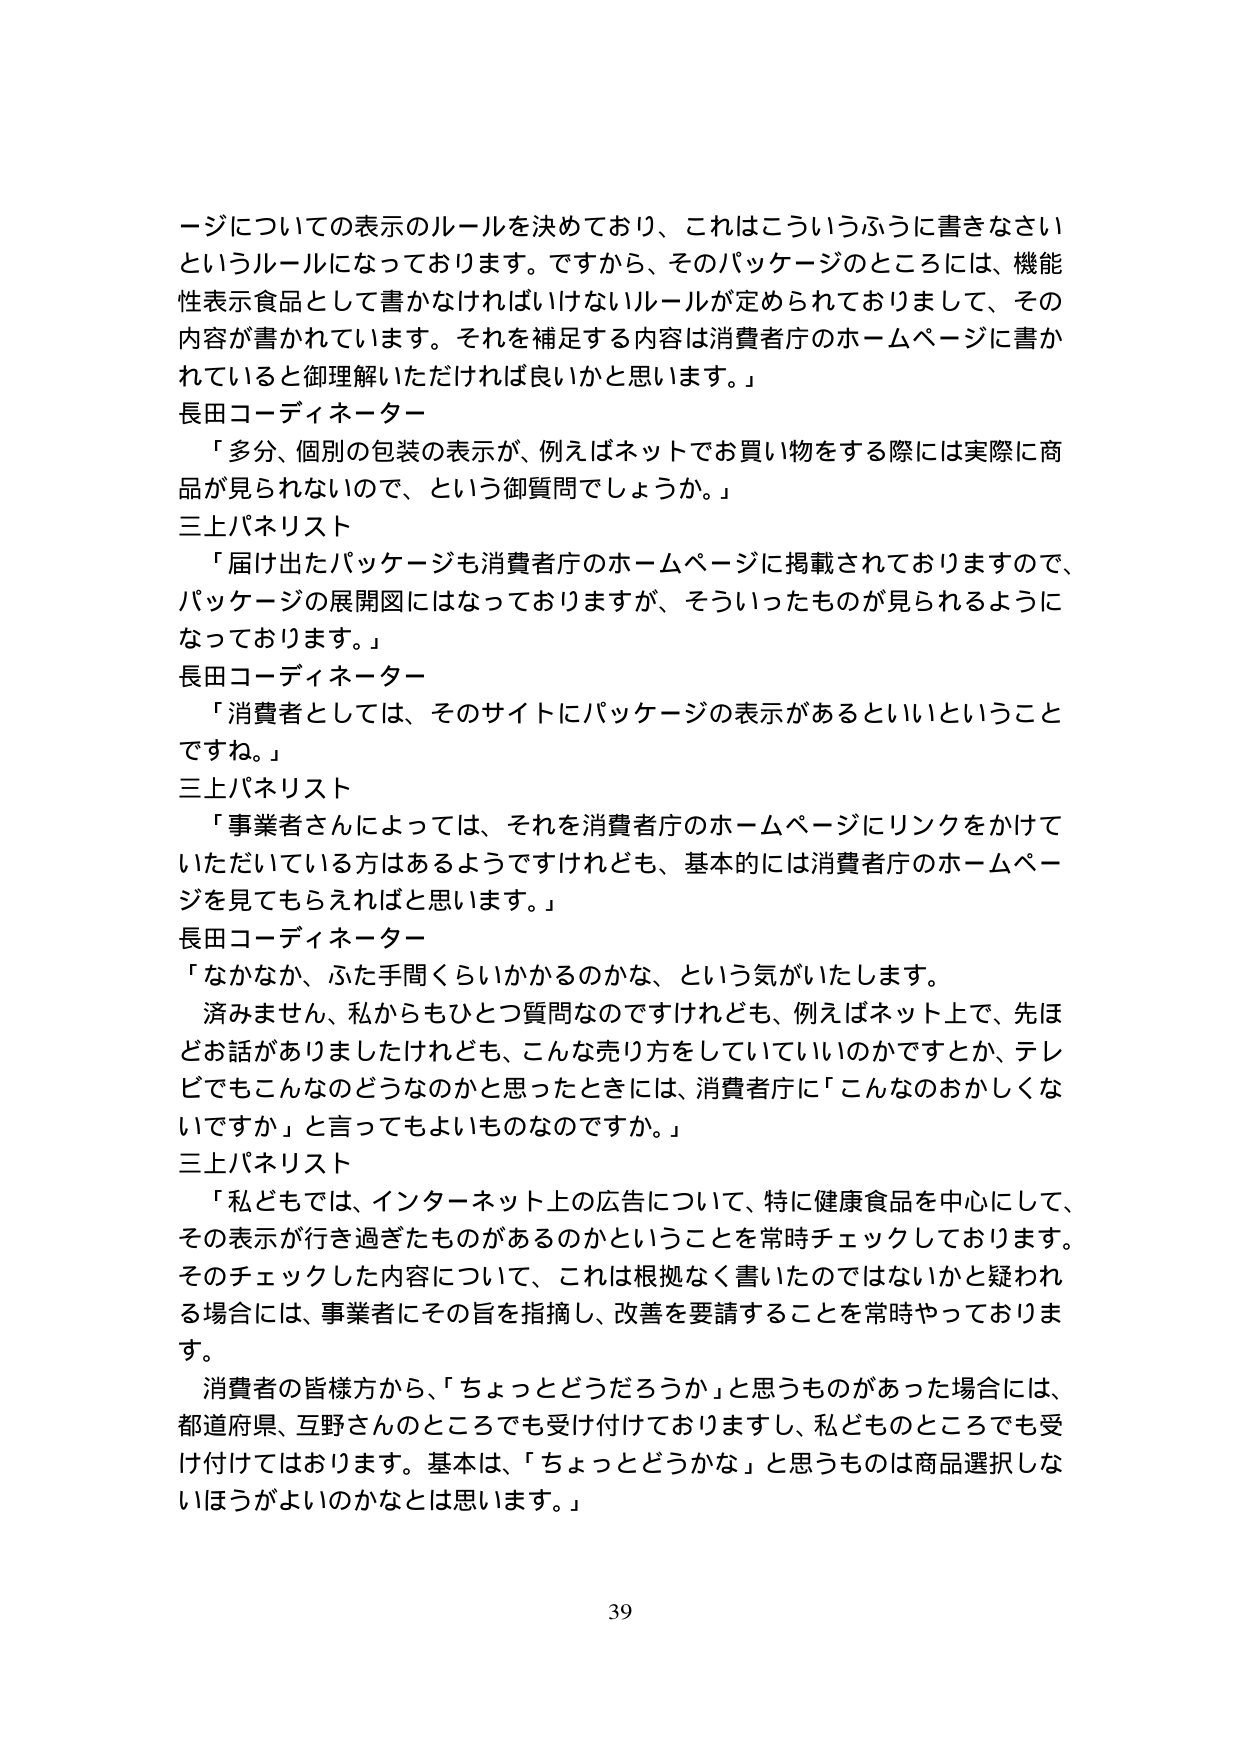
ージについての表示のルールを決めており、これはこういうふうに書きなさいというルールになっております。ですから、そのパッケージのところには、機能性表示食品として書かなければならないルールが定められておりまして、その内容が書かれています。それを補足する内容は消費者庁のホームページに書かれていると御理解いただければ良いかと思います。」

長田コーディネーター
「多分、個別の包装の表示が、例えばネットでお買い物をする際には実際に商品が見られないのて、という御質問でしょうか。」

三上パネリスト
「届け出たパッケージも消費者庁のホームページに掲載されておりますので、パッケージの展開図にはなっておりますが、そういったものが見られるようになっております。」

長田コーディネーター
「消費者としては、そのサイトにパッケージの表示があるといいということですね。」

三上パネリスト
「事業者さんによっては、それを消費者庁のホームページにリンクをかけていただいている方はあるようですが、基本的には消費者庁のホームページを見てもらえればと思います。」

長田コーディネーター
「なかなか、ふた手間くらいかかるのかな、という気がいたします。
済みません、私からもひとつ質問なのですが、例えばネット上で、先ほどお話がありましたけれども、こんな売り方をしていいのかですか、テレビでもこんなのどうなのかと思ったときには、消費者庁に「こんなのおかしくないですか」と言ってもよいものなのでですか。」

三上パネリスト
「私どもでは、インターネット上の広告について、特に健康食品を中心にして、その表示が行き過ぎたものがあるのかということを常時チェックしております。そのチェックした内容について、これは根拠なく書いたのではないかと疑われる場合には、事業者にその旨を指摘し、改善を要請することを常時やっております。
消費者の皆様方から、「ちょっとどうだろうか」と思うものがあった場合には、都道府県、互野さんのところでも受け付けておりますし、私どものところでも受け付けております。基本は、「ちょっとどうかな」と思うものは商品選択しないほうがよいのかなとは思います。」

39